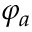
\varphi _ { a }